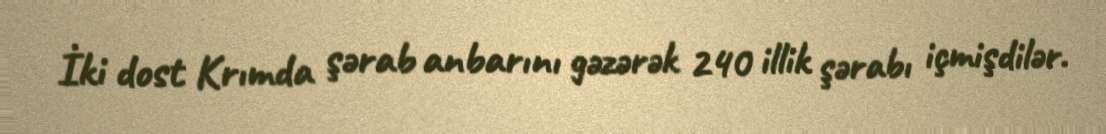
İki dost Krımda şərab anbarını gəzərək 240 illik şərabı içmişdilər.